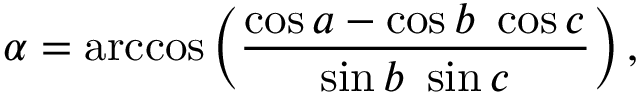
\alpha = \operatorname { a r c c o s } \left( { \frac { \cos a - \cos b \ \cos c } { \sin b \ \sin c } } \right) ,